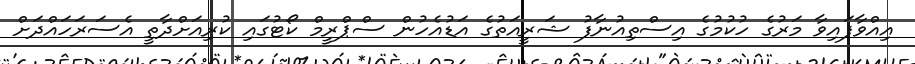
އިއްވާފައިވާ މަރުގެ ހުކުމުގެ އިސްތިއުނާފު ޝަރީއަތުގެ އަޑުއެހުން ސްޕްރީމް ކޯޓުގައި ކުރިއަށްދާތީ އެސަރަހައްދަށް